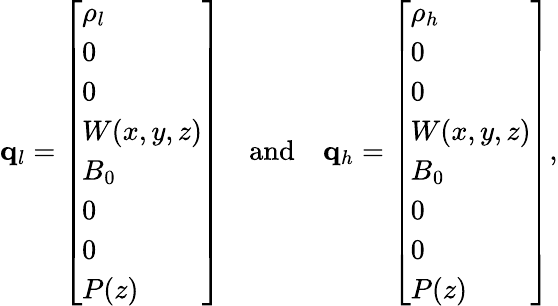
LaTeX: \mathbf{q}_{l}=\left[\begin{array}{l}{\rho_{l}}\\ {0}\\ {0}\\ {W(x,y,z)}\\ {B_{0}}\\ {0}\\ {0}\\ {P(z)}\end{array}\right]\quad\mathrm{and}\quad\mathbf{q}_{h}=\left[\begin{array}{l}{\rho_{h}}\\ {0}\\ {0}\\ {W(x,y,z)}\\ {B_{0}}\\ {0}\\ {0}\\ {P(z)}\end{array}\right],